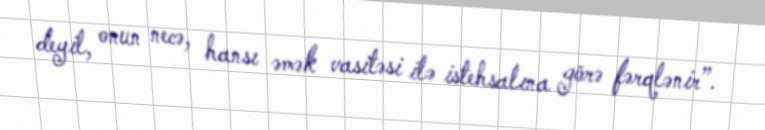
deyil, onun necə, hansı əmək vasitəsi ilə istehsalına görə fərqlənir”.